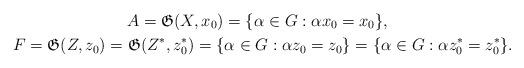
LaTeX: \begin{gather*}A=\mathfrak{G}(X,x_0)=\{\alpha\in G:\alpha x_0=x_0\}, \ \ \\F = \mathfrak{G}(Z,z_0)=\mathfrak{G}(Z^*,z^*_0) = \{\alpha\in G:\alpha z_0=z_0\} =\{\alpha\in G:\alpha z^*_0=z^*_0\}.\end{gather*}